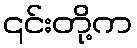
၎င်းတို့က